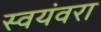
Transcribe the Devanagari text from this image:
स्वयंवरा